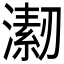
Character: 𱩇